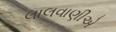
લાલવાણીએ